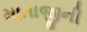
માતાજીની